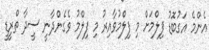
އެންމެ އަގުބޮޑު ފިލްމަށް މި ފިލްމުވާއިރު މި ފިލްމު ވެގެންދާނީ ސީދާ ތްރީޑީ